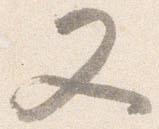
又